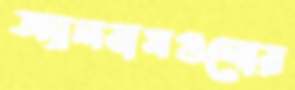
অ্যালবামগুলোর